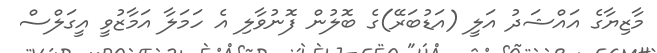
މާޒިޔާގެ އައްޝަދު އަލީ (އަޑުބަރޭ)ގެ ބޮލުން ފޮނުވާލި އެ ހަމަލާ އަމާޒުވީ އީގަލްސް